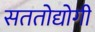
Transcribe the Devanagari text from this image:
सततोद्योगी